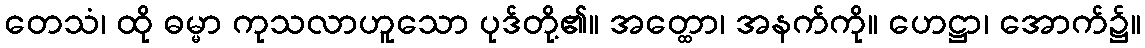
တေသံ၊ ထို ဓမ္မာ ကုသလာဟူသော ပုဒ်တို့၏။ အတ္ထော၊ အနက်ကို။ ဟေဋ္ဌာ၊ အောက်၌။